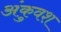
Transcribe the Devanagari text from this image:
अंकुवश